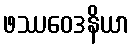
ဖဿဝေဒနိယာ